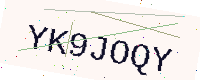
Text: YK9JOQY